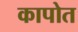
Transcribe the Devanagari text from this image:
कापोत